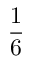
\frac 1 6